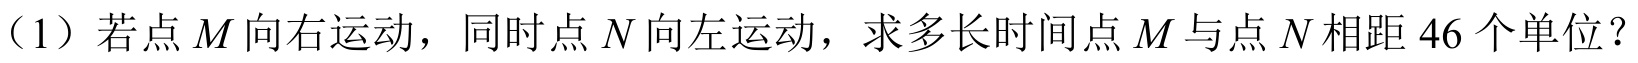
（1）若点\(M\)向右运动，同时点\(N\)向左运动，求多长时间点\(M\)与点\(N\)相距\(46\)个单位？